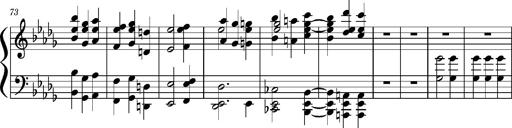
Title: Concerto sans orchestre, S.524a
Composer: Franz Liszt
Key: A major